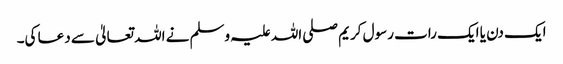
ایک دن یا ایک رات رسول کریم صلی اللہ علیہ وسلم نے اللہ تعالیٰ سے دعا کی۔